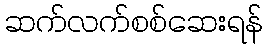
ဆက်လက်စစ်ဆေးရန်